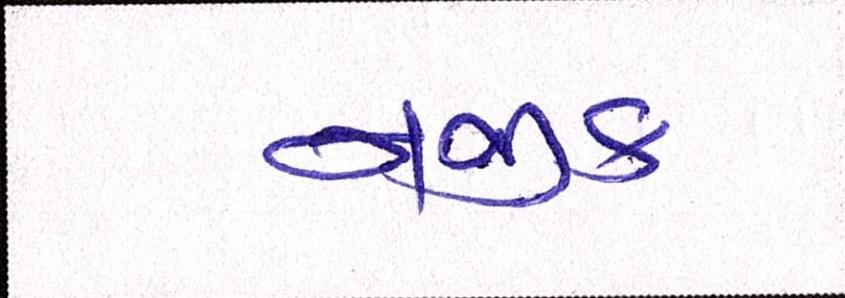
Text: નજીક